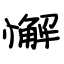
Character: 懈